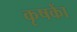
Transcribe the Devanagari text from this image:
कृषकाें